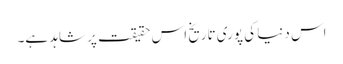
اس دنیا کی پوری تاریخ اس حقیقت پر شاہد ہے۔